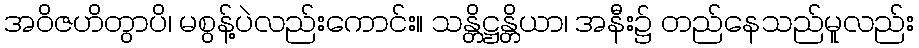
အဝိဇဟိတွာပိ၊ မစွန့်ပဲလည်းကောင်း။ သန္တိဋ္ဌန္တိယာ၊ အနီး၌ တည်နေသည်မူလည်း